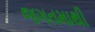
જગતમાથી